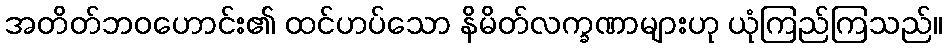
အတိတ်ဘဝဟောင်း၏ ထင်ဟပ်သော နိမိတ်လက္ခဏာများဟု ယုံကြည်ကြသည်။